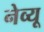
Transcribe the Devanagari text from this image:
नेव्यू